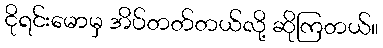
ငိုရင်းမောမှ အိပ်တတ်တယ်လို့ ဆိုကြတယ်။